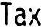
TAX